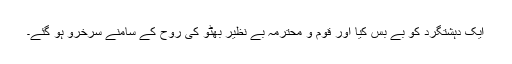
ایک دہشتگرد کو بے بس کیا اور قوم و محترمہ بے نظیر بھٹو کی روح کے سامنے سرخرو ہو گئے۔